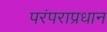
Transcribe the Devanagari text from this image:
परंपराप्रधान